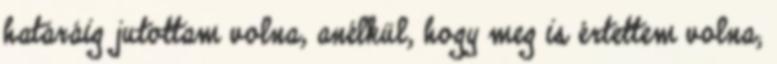
határáig jutottam volna, anélkül, hogy meg is értettem volna;